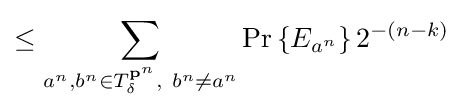
\leq \sum _{a^{n},b^{n}\in T_{\delta }^{\mathbf {p} ^{n}},\ b^{n}\neq a^{n}}\Pr \left\{E_{a^{n}}\right\}2^{-\left(n-k\right)}